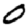
Digit: 0